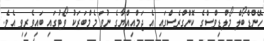
ހޭންޑްބޯލް މޯލްޑިވްސްގެ ކޮންގްރެސްގައި އެ ޖަމްއިއްޔާގެ ނުވަ މެމްބަރަކު ވޯޓުގައި ބައިވެރިވި އެވެ.